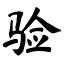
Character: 验